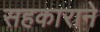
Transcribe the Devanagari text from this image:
सहकाराने